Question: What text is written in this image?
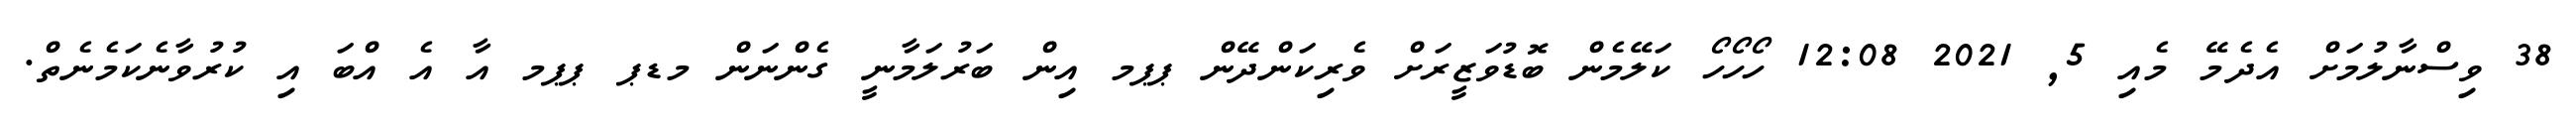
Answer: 38 ވިސްނާލުމަށް އެދެމޭ މެއި 5, 2021 12:08 ހޯހޯހޯ ކަލޭމެން ބޮޑުވަޒީރަށް ވެރިކަންދޭން ޕޕމ އިން ބަރުލަމާނީ ގެންނަން މޑޕ ޕޕމ އާ އެ އްބަ އި ކުރުވާނެކަމެނެތް.